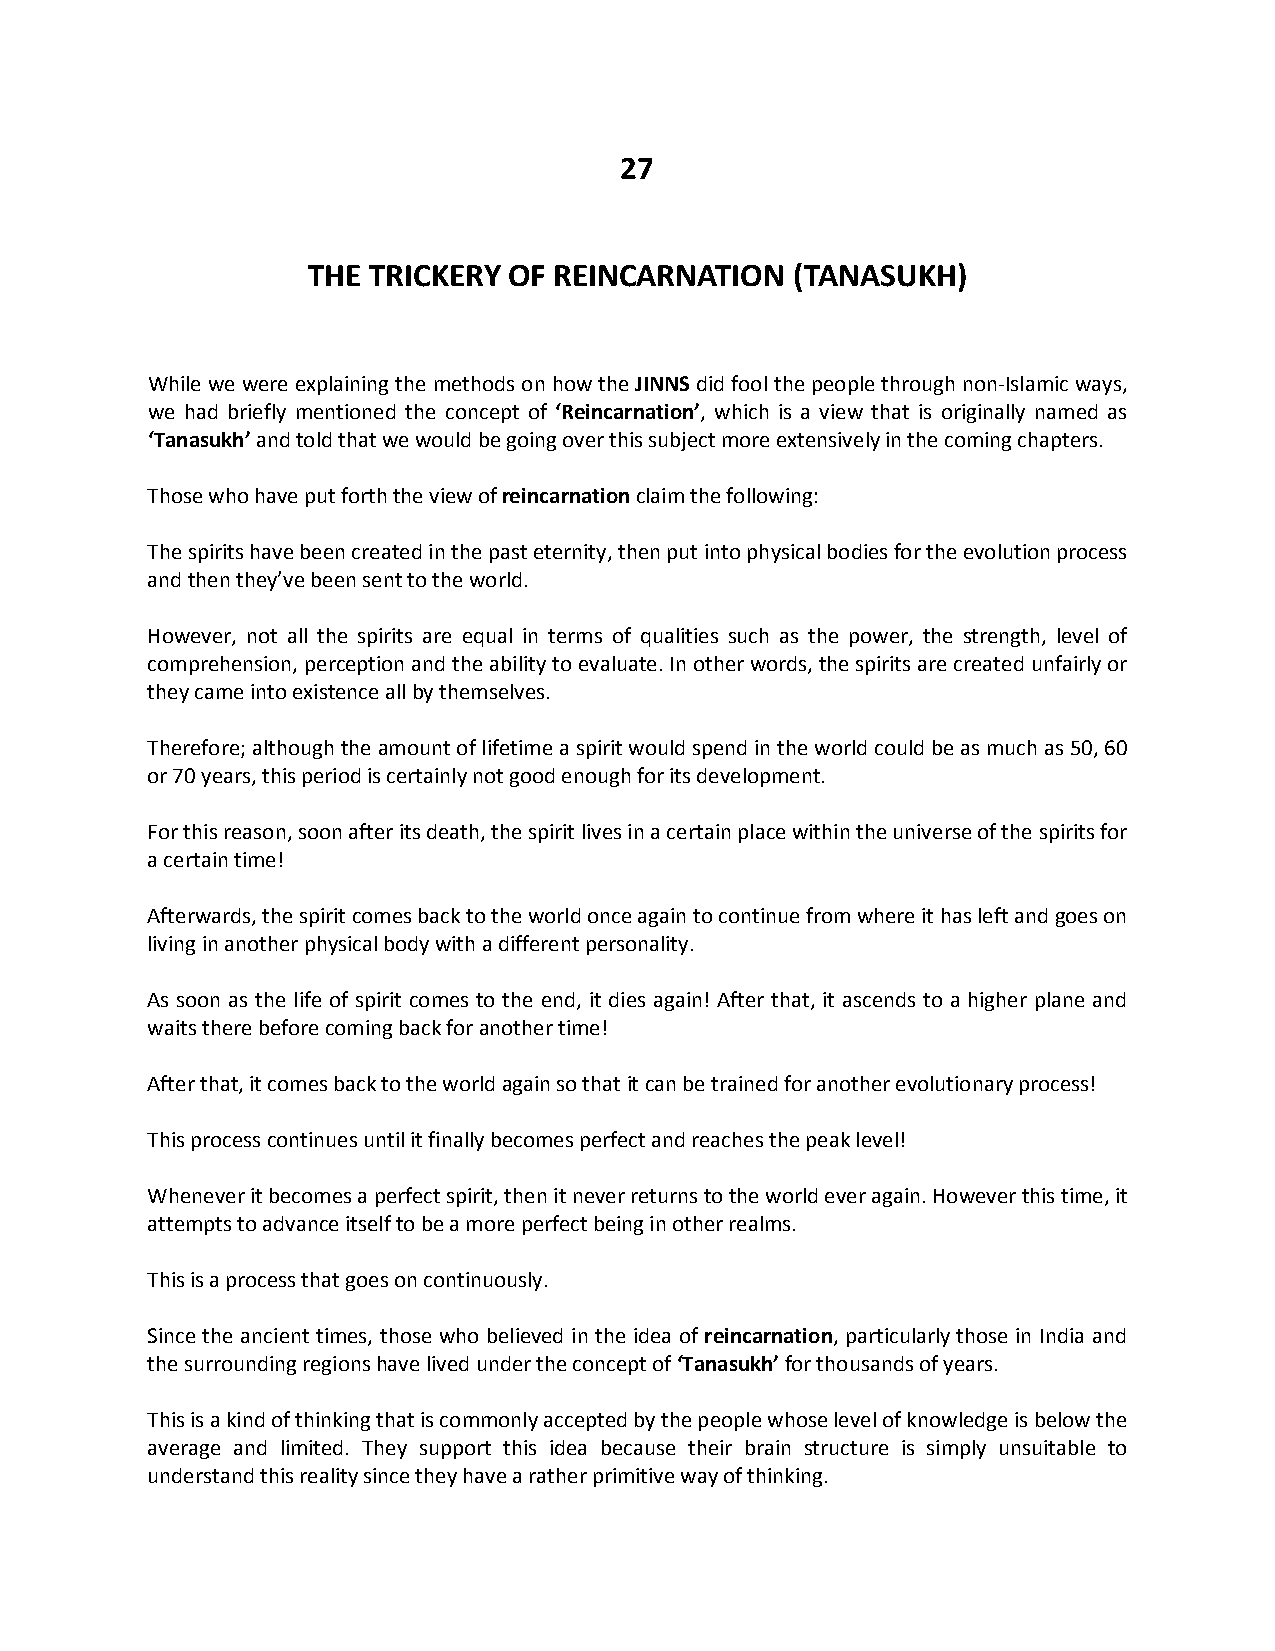
27
 THE TRICKERY  OF REINCARNATION   (TANASUKH)
 While we were explaining the methods on how the JINNS did fool the people through non-Islamic ways,
 we had briefly mentioned the concept of ‘Reincarnation’, which is a view that is originally named as
 ‘Tanasukh’ and told that we would be going over this subject more extensively in the coming chapters.
 Those who have put forth the view of reincarnation claim the following:
 The spirits have been created in the past eternity, then put into physical bodies for the evolution process
 and then they’ve been sent to the world.
 However, not all the spirits are equal in terms of qualities such as the power, the strength, level of
 comprehension, perception and the ability to evaluate. In other words, the spirits are created unfairly or
 they came into existence all by themselves.
 Therefore; although the amount of lifetime a spirit would spend in the world could be as much as 50, 60
 or 70 years, this period is certainly not good enough for its development.
 For this reason, soon after its death, the spirit lives in a certain place within the universe of the spirits for
 a certain time!
 Afterwards, the spirit comes back to the world once again to continue from where it has left and goes on
 living in another physical body with a different personality.
 As soon as the life of spirit comes to the end, it dies again! After that, it ascends to a higher plane and
 waits there before coming back for another time!
 After that, it comes back to the world again so that it can be trained for another evolutionary process!
 This process continues until it finally becomes perfect and reaches the peak level!
 Whenever it becomes a perfect spirit, then it never returns to the world ever again. However this time, it
 attempts to advance itself to be a more perfect being in other realms.
 This is a process that goes on continuously.
 Since the ancient times, those who believed in the idea of reincarnation, particularly those in India and
 the surrounding regions have lived under the concept of ‘Tanasukh’ for thousands of years.
 This is a kind of thinking that is commonly accepted by the people whose level of knowledge is below the
 average and limited. They support this idea because their brain structure is simply unsuitable to
 understand this reality since they have a rather primitive way of thinking.